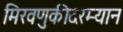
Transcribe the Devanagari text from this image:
मिरवणुकीदरम्यान